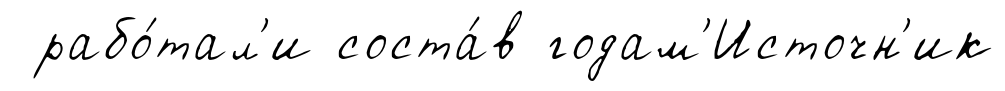
рабо́тал'и соста́в годам'Источн'ик